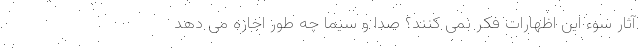
آثار سوء این اظهارات فکر نمی کنند؟ صدا و سیما چه طور اجازه می دهد